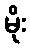
မိုး